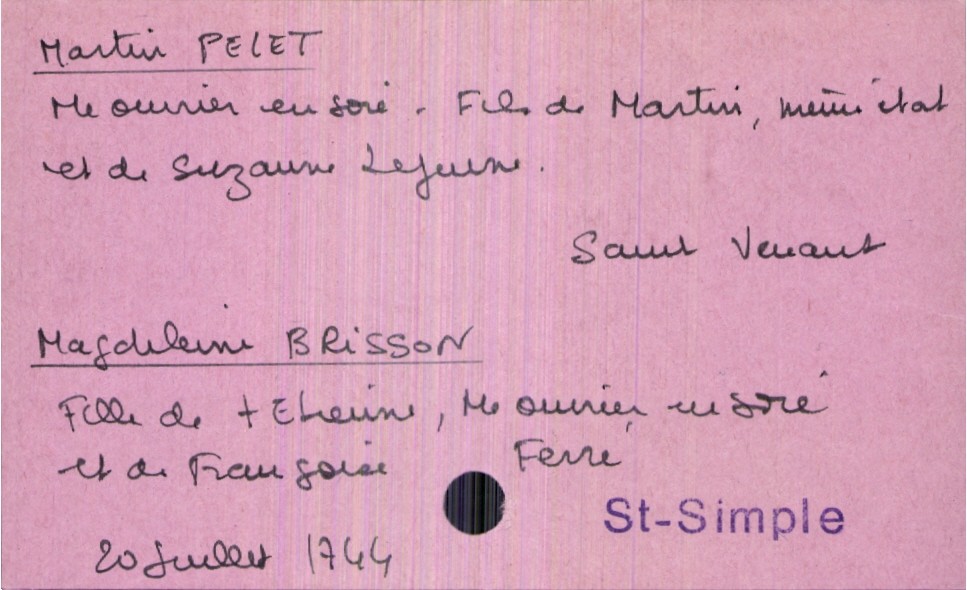
type_acte: Mariage
année: 1744
mois: juillet
jour: 20
paroisse: Saint-Simple
marié_nom: Pelet
marié_prénom: Martin
marié_profession: maitre ouvrier en soie
marié_lieu_de_naissance: Saint Venant
père_marié_nom: Pelet
père_marié_prénom: Martin
père_marié_profession: maitre ouvrier en soie
mère_marié_nom: Lejeune
mère_marié_prénom: Suzanne
mariée_nom: Brisson
mariée_prénom: Magdeleine
père_mariée_nom: Brisson
père_mariée_prénom: Etienne
père_mariée_profession: maitre ouvrier en soie
père_mariée_statut: décédé
mère_mariée_nom: Ferré
mère_mariée_prénom: Françoise